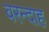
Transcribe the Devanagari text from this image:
वरन्दाह